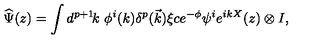
\widehat { \Psi } ( z ) = \int d ^ { p + 1 } \! k \ \phi ^ { i } ( k ) \delta ^ { p } ( \vec { k } ) \xi c e ^ { - \phi } \psi ^ { i } e ^ { i k X } ( z ) \otimes I ,